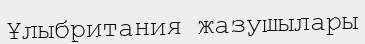
Ұлыбритания жазушылары